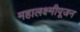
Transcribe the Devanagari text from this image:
महालक्ष्मीपूजन